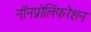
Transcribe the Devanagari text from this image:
नॉनप्रोलिफरेशन